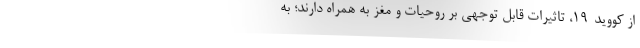
از کووید-۱۹، تاثیرات قابل توجهی بر روحیات و مغز به همراه دارند؛ به